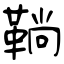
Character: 鞝